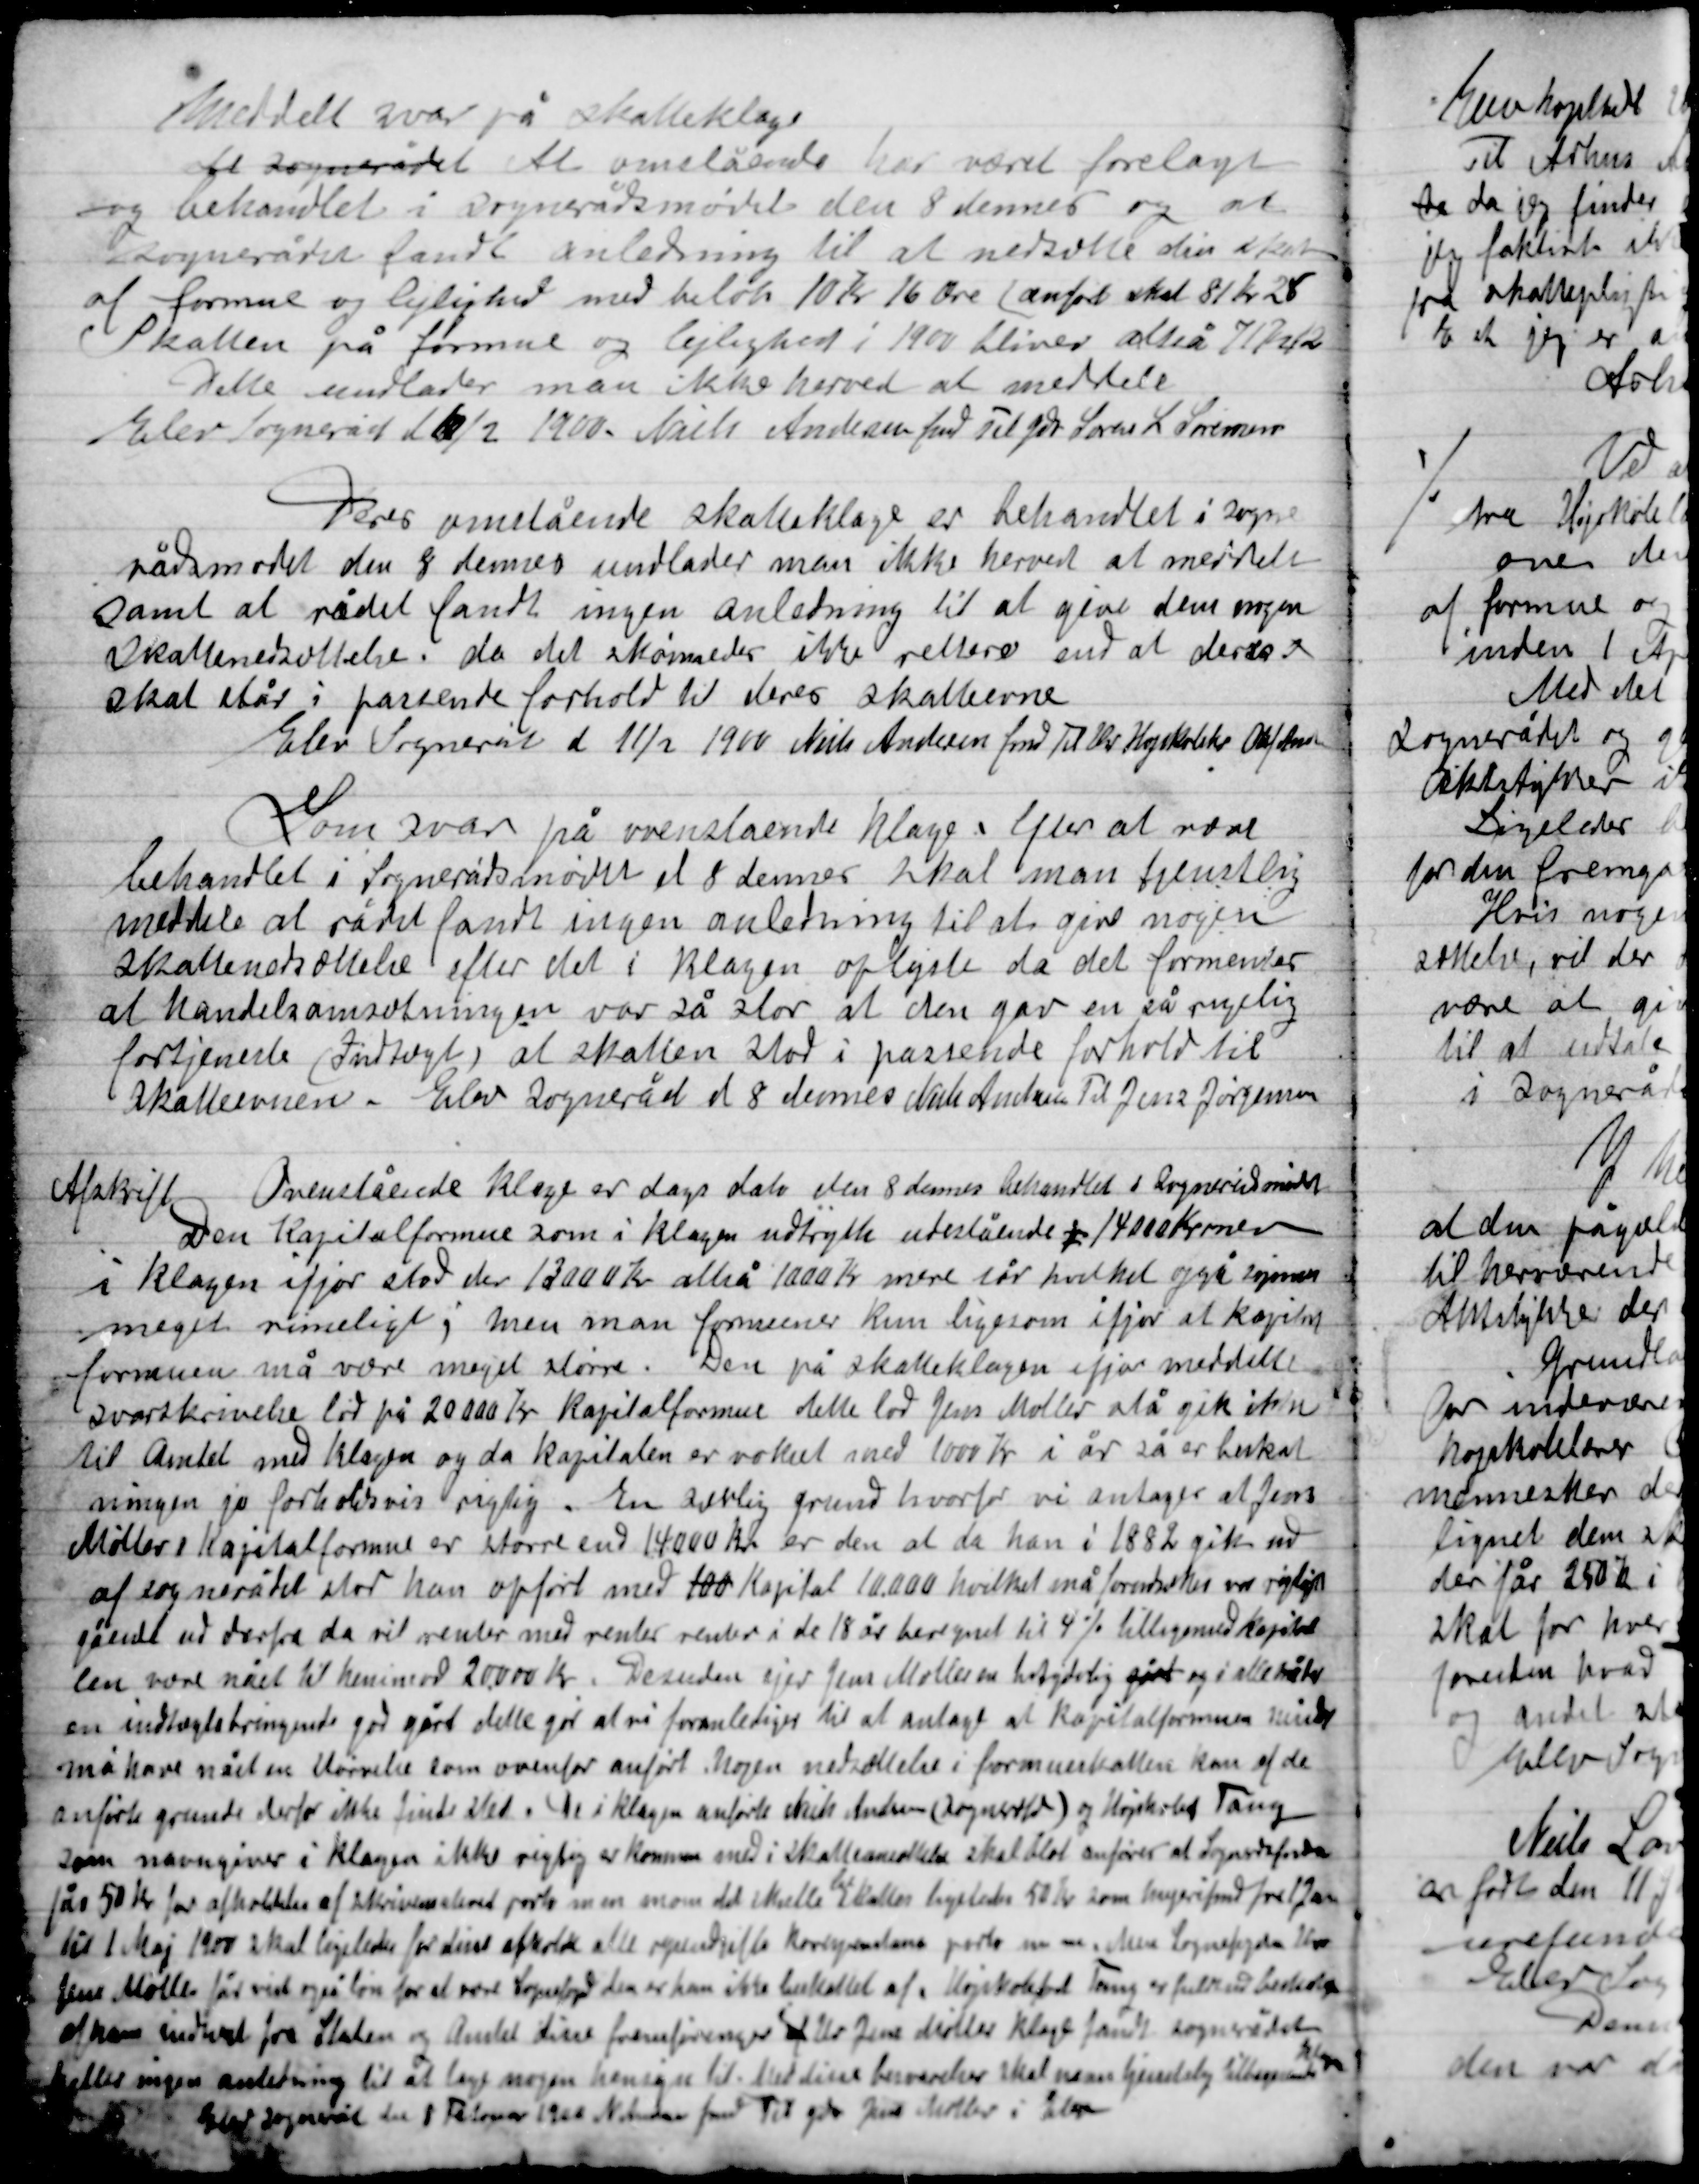
Transskription:
Meddelt svar på skatteklage
det Sognerådet At ovenstående har været forelagt
og behandlet i Sognerådsmøde den 8 dennes og at
Sognerådet fandt anledning til at nedsætte din skat
af formue og lejlighed med beløb 10 Kr. 16 Øre (anført skat 81 Kr. 28)
Skatten på formue og lejlighed i 1900 bliver altså 71 Kr. 12
Dette undlader man ikke herved at meddele
Elev Sogneråd d. 10/2 1900 Niels Andersen fmd Til for Søren L. Sørensen

Deres ovenstående skatteklage er behandlet i Sogne-
rådsmødet den 8 dennes undlader man ikke herved at meddele
samt at rådet fandt ingen anledning til at give dem nogen
skattenedsættelse da det skønner der ikke rettere end at deres
skat stå i passende forhold til deres skatteevne
Elev Sogneråd d. 11/2 1900 Niels Andersen fmd Til Hr. Højskoleleder Olaf Andersen

Som svar på ovenstående klage efter at være
Behandlet i Sognerådsmødet d. 8 dennes skal man tjenstlig
meddele at rådet fandt ingen anledning til at give nogen
skattenedsættelse efter det i klagen oplyste da det formener
at handelsomsætningen var så stor at den gav en så rigelig
fortjeneste (indtægt) at skatten stod i passende forhold til
skatteevnen. Elev Sogneråd d. 8  dennes Niels Andersen Til Jens Jørgensen

Afskrift
Ovenstående klage er dags dato den 8 dennes behandlet i Sognerådsmøde.
Den Kapitalformue som i klagen udtrykte udestående 14000 Kroner
I klagen i fjor stod den 13000 Kr. altså 1000 Kr. mere I år hvilket også Synes
meget rimeligt; men man formener kun ligesom ifjor at kapital-
formuen må være meget større. Den på skatteklagen ifjor meddelte
svarkendelse til på 20.000 Kr. Kapitalformue dette lod Jens Møller stå gik ikke
Til Amtet med klagen og da Kapitalen er vokset med 1000 Kr. i år så er beskat-
ningen jo forholdsvis rigtig. En svarlig grund hvorfor vi antager at Jens
Møllers Kapitalformue er større end 14000 Kr. er den at da han i 1882 gik ud
af Sognerådet stod han opført med 100 Kapital 10.000 hvilket må forudsættes var rigtigt
gående ud derfra da vil renter med renters renter i de 18 år hermed til 4 % tilligemed Kapita-
len være nået til henimod 20.000 Kr. Desuden ejer Jens Møller en betydelig gård og i alle måder
en indtægtsbringende god gård dette gør at vi foranlediges til at antage at Kapitalformuen minst
må have nået en størrelse som ovenfor anført. Nogen nedsættelse i formueskatten kan af de
anførte grunde derfor ikke finde sted. De i klagen anførte Nils Andersen (Sognerådsfm.) og Højskolefst Tang
som navngiver i klagen ikke rigtig er kommen med i skattenedsættelse skal blot anføres at Sognerådsform
får 50 Kr. for afholdelse af skrivelsehold porto m.m. mon det skulle til skatten ligeledes 50 Kr. som sognerådsfmd for 1 Jan
til 1 Maj 1900 skal ligeledes for dine afholde alle  korrespondance porto m.m. Men Sognefogde Hr.
Jens Møller får vist også løn for at være Sognefoged den er ham ikke behandlet af. Højskolefst Tang er fuldt ud beskatiget
af hans indtægt fra Staten og Amtet dine fremføringer af Hr. Jens Møller klage fandt Sognerådet
heller ingen anledning til at tage nogen hensyn til med dine besvarelser skal man tjenstlig tilbage
sende klagen.
Elev Sogneråd den 8 Februar 1900 N. Andersen fmd. Til gik Jens Møller i Elev